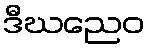
ဒီဃညေဝ